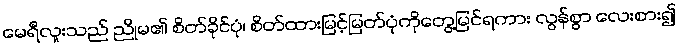
မေရီလူးသည် ညိုမ၏ စိတ်ခိုင်ပုံ၊ စိတ်ထားမြင့်မြတ်ပုံကိုတွေ့မြင်ရကား လွန်စွာ လေးစား၍